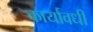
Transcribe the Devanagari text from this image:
कार्यावधी